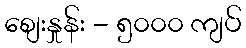
စျေးနှုန်း - ၅၀၀၀ ကျပ်